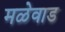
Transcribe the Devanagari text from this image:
मळेवाड